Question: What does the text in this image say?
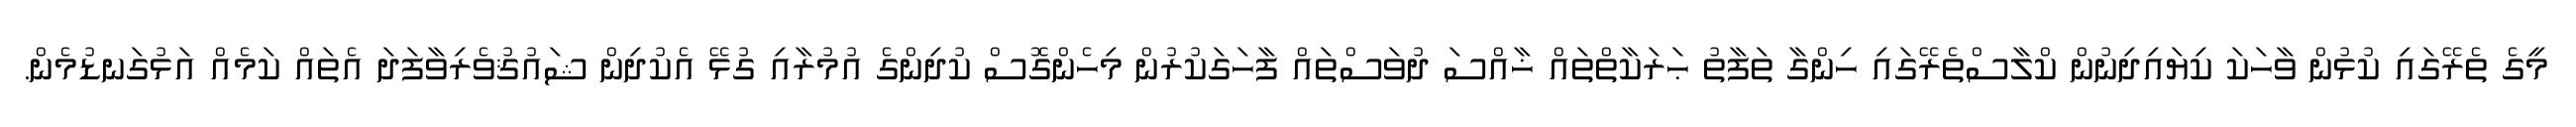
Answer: މީގެ ތެރޭގައި ކުޅުން ވާހަކަ ކިޔައިދިނުން ކްލާސްތެރޭގައި ހިންގާ ތަފާތު ޙަރަކާތްތައް ޚާއްސަ ދުވަސްތައް ފާހަގަކުރުން މިހެންގޮސް ކުދިންގެ އުމުރާއި ގުޅޭ އެކުދިން ޝައުޤުވެރިވާފަދަ އެތައް ކަމެއް އަޅުގަނޑުމެން.